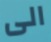
الى